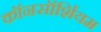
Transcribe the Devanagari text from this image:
कॉनसॉर्शियम